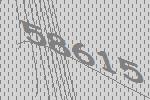
58615